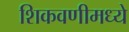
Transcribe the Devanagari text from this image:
शिकवणीमध्ये